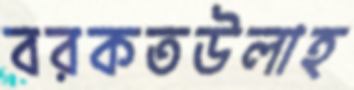
বরকতউলাহ